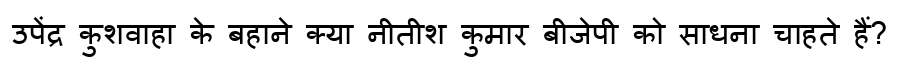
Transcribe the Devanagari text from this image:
उपेंद्र कुशवाहा के बहाने क्या नीतीश कुमार बीजेपी को साधना चाहते हैं?